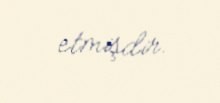
etmişdir.